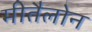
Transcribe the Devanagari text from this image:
मीतैलोन